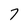
Character: 7